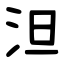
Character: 泹